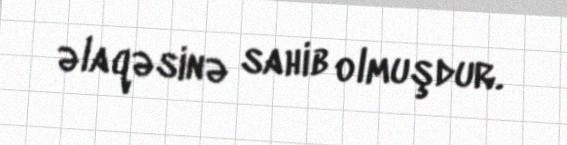
əlaqəsinə sahib olmuşdur.